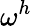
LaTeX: \omega^{h}